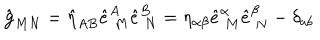
LaTeX: \hat { { \bf g } } _ { M N } = \hat { \eta } _ { A B } \hat { e } _ { \ M } ^ { A } \hat { e } _ { \ N } ^ { B } = \eta _ { \alpha \beta } \hat { e } _ { \ M } ^ { \alpha } \hat { e } _ { \ N } ^ { \beta } - \delta _ { a b }